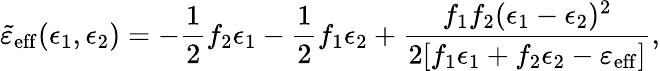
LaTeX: \widetilde{\varepsilon}_{\mathrm{eff}}(\epsilon_{1},\epsilon_{2})=-\frac{1}{2}f_{2}\epsilon_{1}-\frac{1}{2}f_{1}\epsilon_{2}+\frac{f_{1}f_{2}(\epsilon_{1}-\epsilon_{2})^{2}}{2[f_{1}\epsilon_{1}+f_{2}\epsilon_{2}-\varepsilon_{\mathrm{eff}}]},